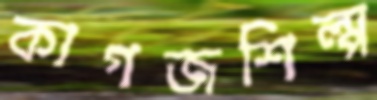
কাগজশিল্প